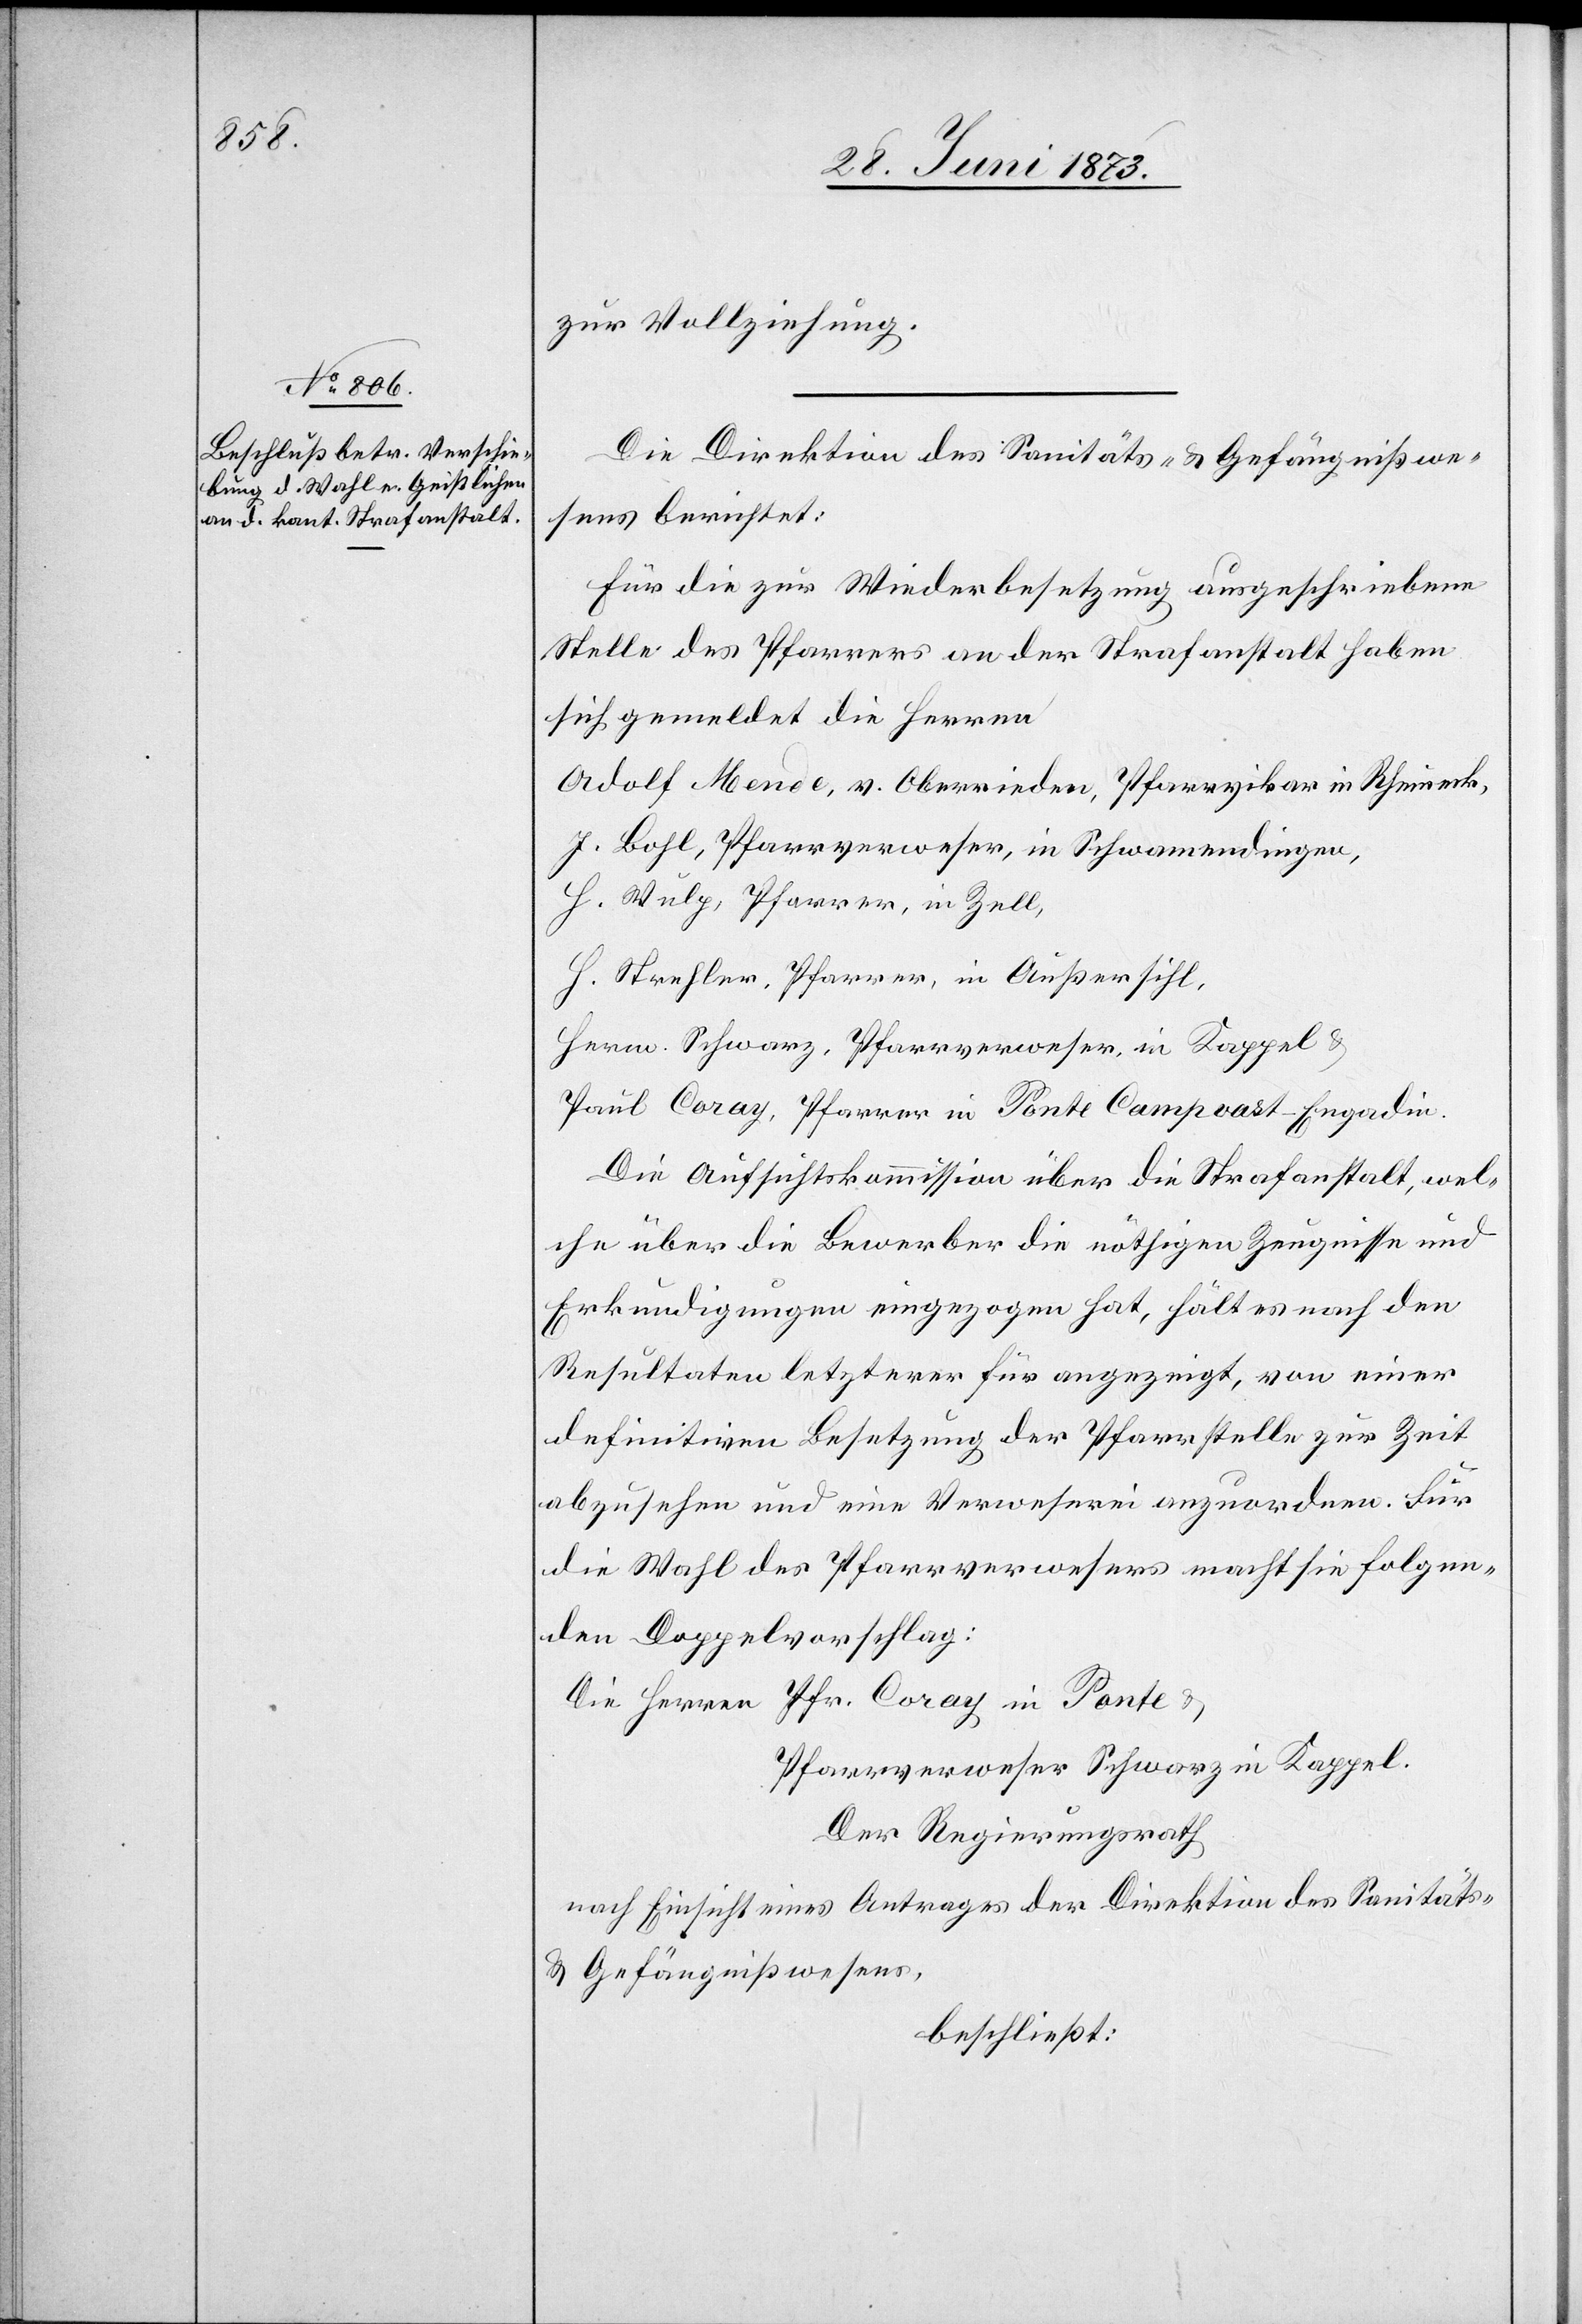
zur Vollziehung.
Die Direktion des Sanitäts- & Gefängnißwe¬
sens berichtet:
Für die zur Wiederbesetzung ausgeschriebene
Stelle des Pfarrers an der Strafanstalt haben
sich gemeldet die Herren
Adolf Mende, v. Oberrieden, Pfarrvikar in Rheineck,
J. Bohl, Pfarrverweser, in Schwamendingen,
H. Wulp, Pfarrer, in Zell,
H. Strehler, Pfarrer, in Außersihl,
Herm. Schwarz, Pfarrverweser, in Kappel &
Paul Coray, Pfarrer in Ponte Campvast-Engadin.
Die Aufsichtskommission über die Strafanstalt, wel¬
che über die Bewerber die nöthigen Zeugnisse und
Erkundigungen eingezogen hat, hält es nach den
Resultaten letzterer für angezeigt, von einer
definitiven Besetzung der Pfarrstelle zur Zeit
abzusehen und eine Verweserei anzuordnen. Für
die Wahl des Pfarrverwesers macht sie folgen¬
den Doppelvorschlag:
Pfarrverweser Schwarz in Kappel.
Der Regierungsrath
nach Einsicht eines Antrages der Direktion des Sanitäts-
& Gefängnißwesens,
beschließt: